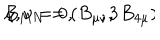
LaTeX: B _ { M N } = ( B _ { \mu \nu } , \, B _ { 4 \mu } ) \hspace { 1 c m } \mu , \nu = 0 , \dots , 3